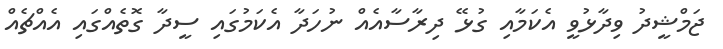
ޖަމްޝީދު ވިދާޅުވީ އެކަމާއި ގުޅޭ ދިރާސާއެއް ނުހަދާ އެކަމުގައި ސީދާ ގޮތެއްގައި އެއްޗެއް